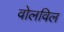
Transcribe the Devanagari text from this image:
वोलविल